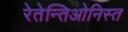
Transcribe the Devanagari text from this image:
रेतेन्तिओनिस्त